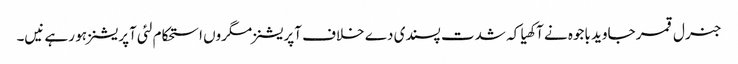
جنرل قمر جاوید باجوہ نے آکھیا کہ شدت پسندی دے خلاف آپریشنز مگروں استحکام لئی آپریشنز ہو رہے نیں۔